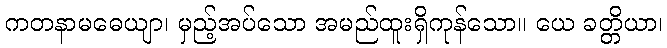
ကတနာမဓေယျာ၊ မှည့်အပ်သော အမည်ထူးရှိကုန်သော။ ယေ ခတ္တိယာ၊